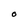
Character: M